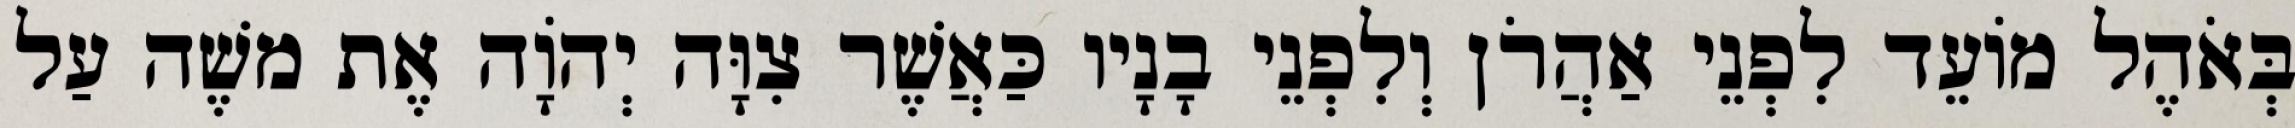
בְּאֹהֶל מוֹעֵד לִפְנֵי אַהֲרֹן וְלִפְנֵי בָנָיו כַּאֲשֶׁר צִוָּה יְהוָֹה אֶת משֶׁה עַל